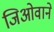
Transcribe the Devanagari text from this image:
जिओवाने